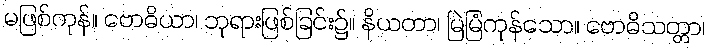
မဖြစ်ကုန်။ ဗောဓိယာ၊ ဘုရားဖြစ်ခြင်း၌။ နိယတာ၊ မြဲမြံကုန်သော။ ဗောဓိသတ္တာ၊